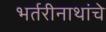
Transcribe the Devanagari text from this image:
भर्तरीनाथांचे